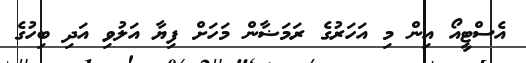
އެސްޓީއޯ އިން މި އަހަރުގެ ރަމަޟާން މަހަށް ފިޔާ އަލުވި އަދި ބިހުގެ